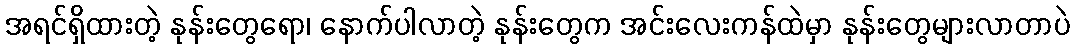
အရင်ရှိထားတဲ့ နုန်းတွေရော၊ နောက်ပါလာတဲ့ နုန်းတွေက အင်းလေးကန်ထဲမှာ နုန်းတွေများလာတာပဲ